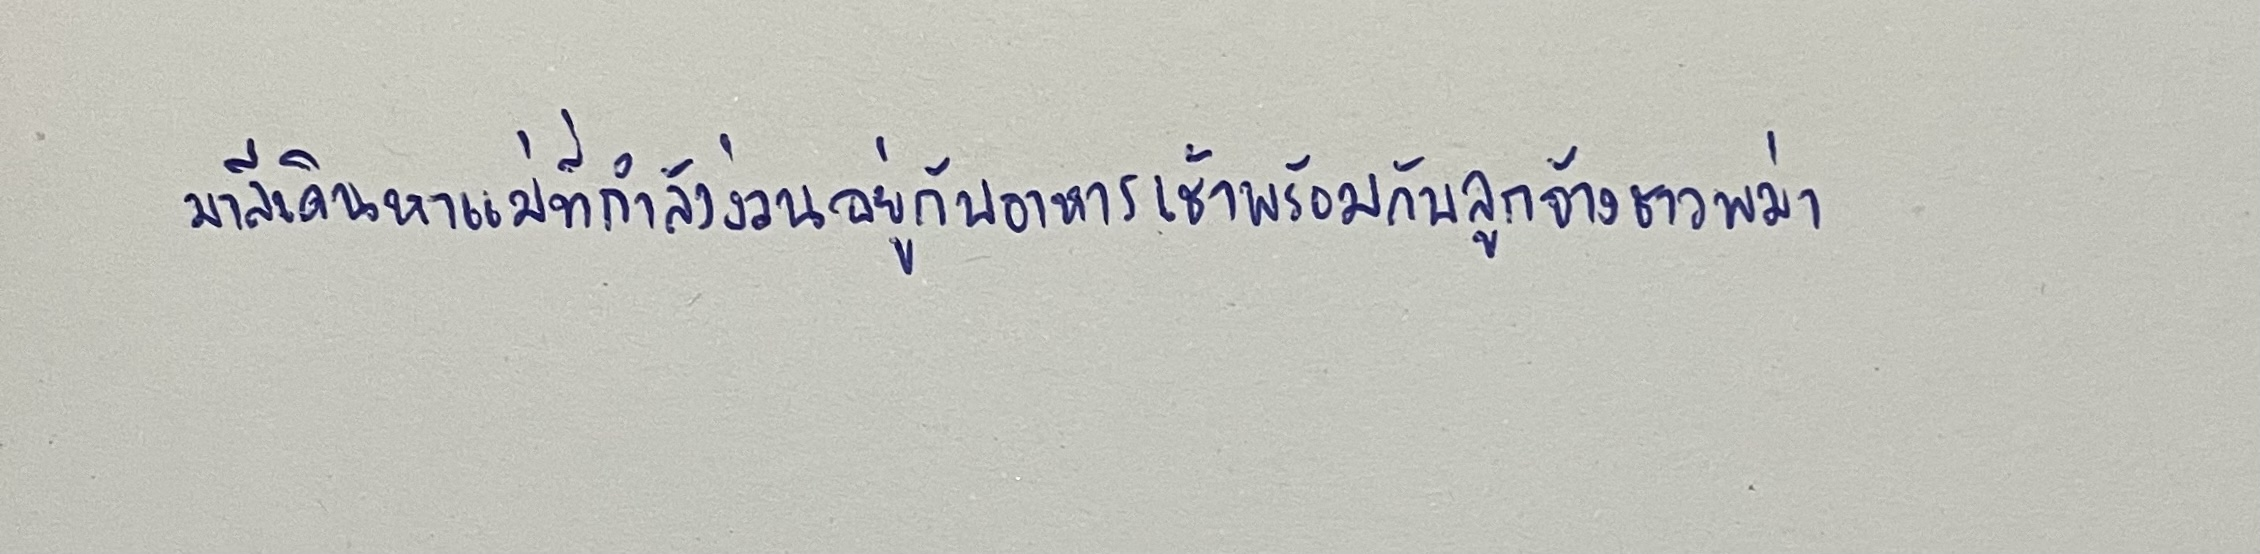
มาลีเดินหาแม่ที่กำลังง่วนอยู่กับอาหารเช้าพร้อมกับลูกจ้างชาวพม่า